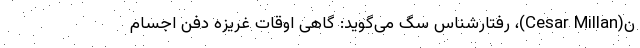
ن(Cesar Millan)، رفتارشناس سگ می‌گوید: گاهی اوقات غریزه دفن اجسام